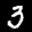
Label: 3